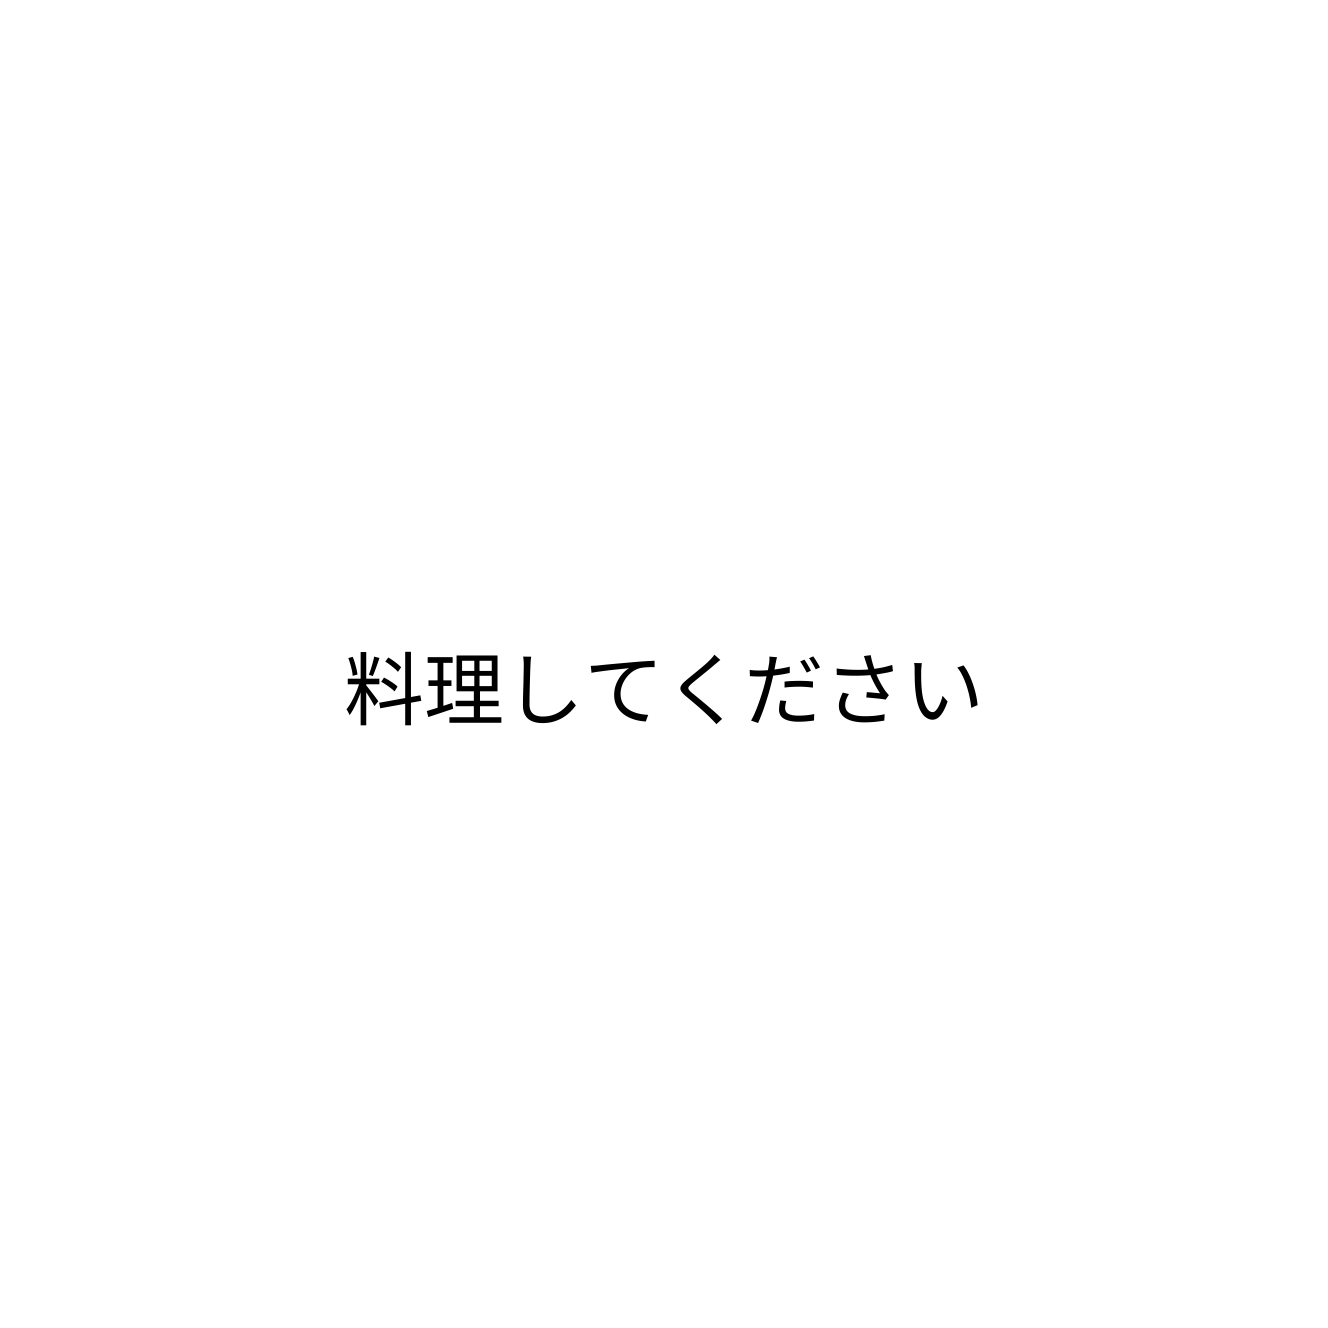
料理してください